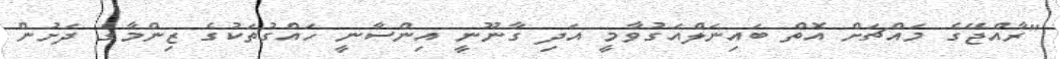
"ރާއްޖޭގެ މައްޗަށް އޮތް ބައިނަލްއަގުވާމީ އަދި ގާނޫނީ އިންސާނީ ހައްގުތަކުގެ ޒިންމާގެ ދަށުން